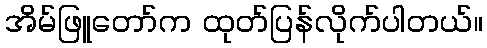
အိမ်ဖြူတော်က ထုတ်ပြန်လိုက်ပါတယ်။